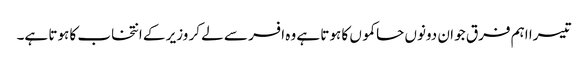
تیسرا اہم فرق جو ان دونوں حاکموں کا ہوتا ہے وہ افسر سے لے کر وزیر کے انتخاب کا ہوتا ہے۔